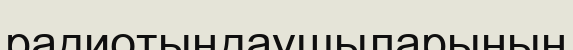
радиотыңдаушыларының